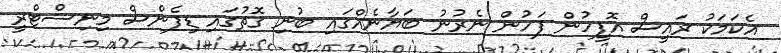
އެކަމަކު ރައީސް އޮފީހުން ފަހުން ނެރުނު ބަޔާނެއްގައި ބުނި ގޮތުގައި ޑިފެންސް މިނިސްޓްރީ